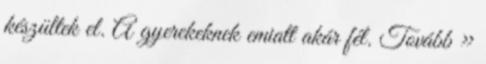
készültek el. A gyerekeknek emiatt akár fél. Tovább ›